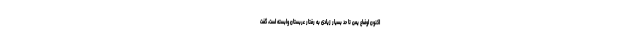
اکنون اوضاع یمن تا حد بسیار زیادی به رفتار عربستان وابسته است، گفت